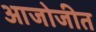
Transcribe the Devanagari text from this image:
आजोजीत